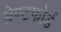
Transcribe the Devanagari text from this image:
ब्रेण्टफोर्ड